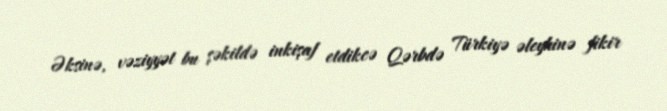
Əksinə, vəziyyət bu şəkildə inkişaf etdikcə Qərbdə Türkiyə əleyhinə fikir